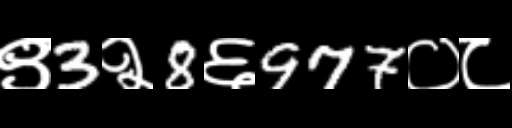
Text: ९3२8६977०८